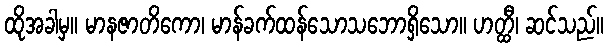
ထိုအခါမှ။ မာနဇာတိကော၊ မာန်ခက်ထန်သောသဘောရှိသော။ ဟတ္ထီ၊ ဆင်သည်။